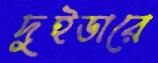
দুইডারে